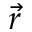
\vec { r }